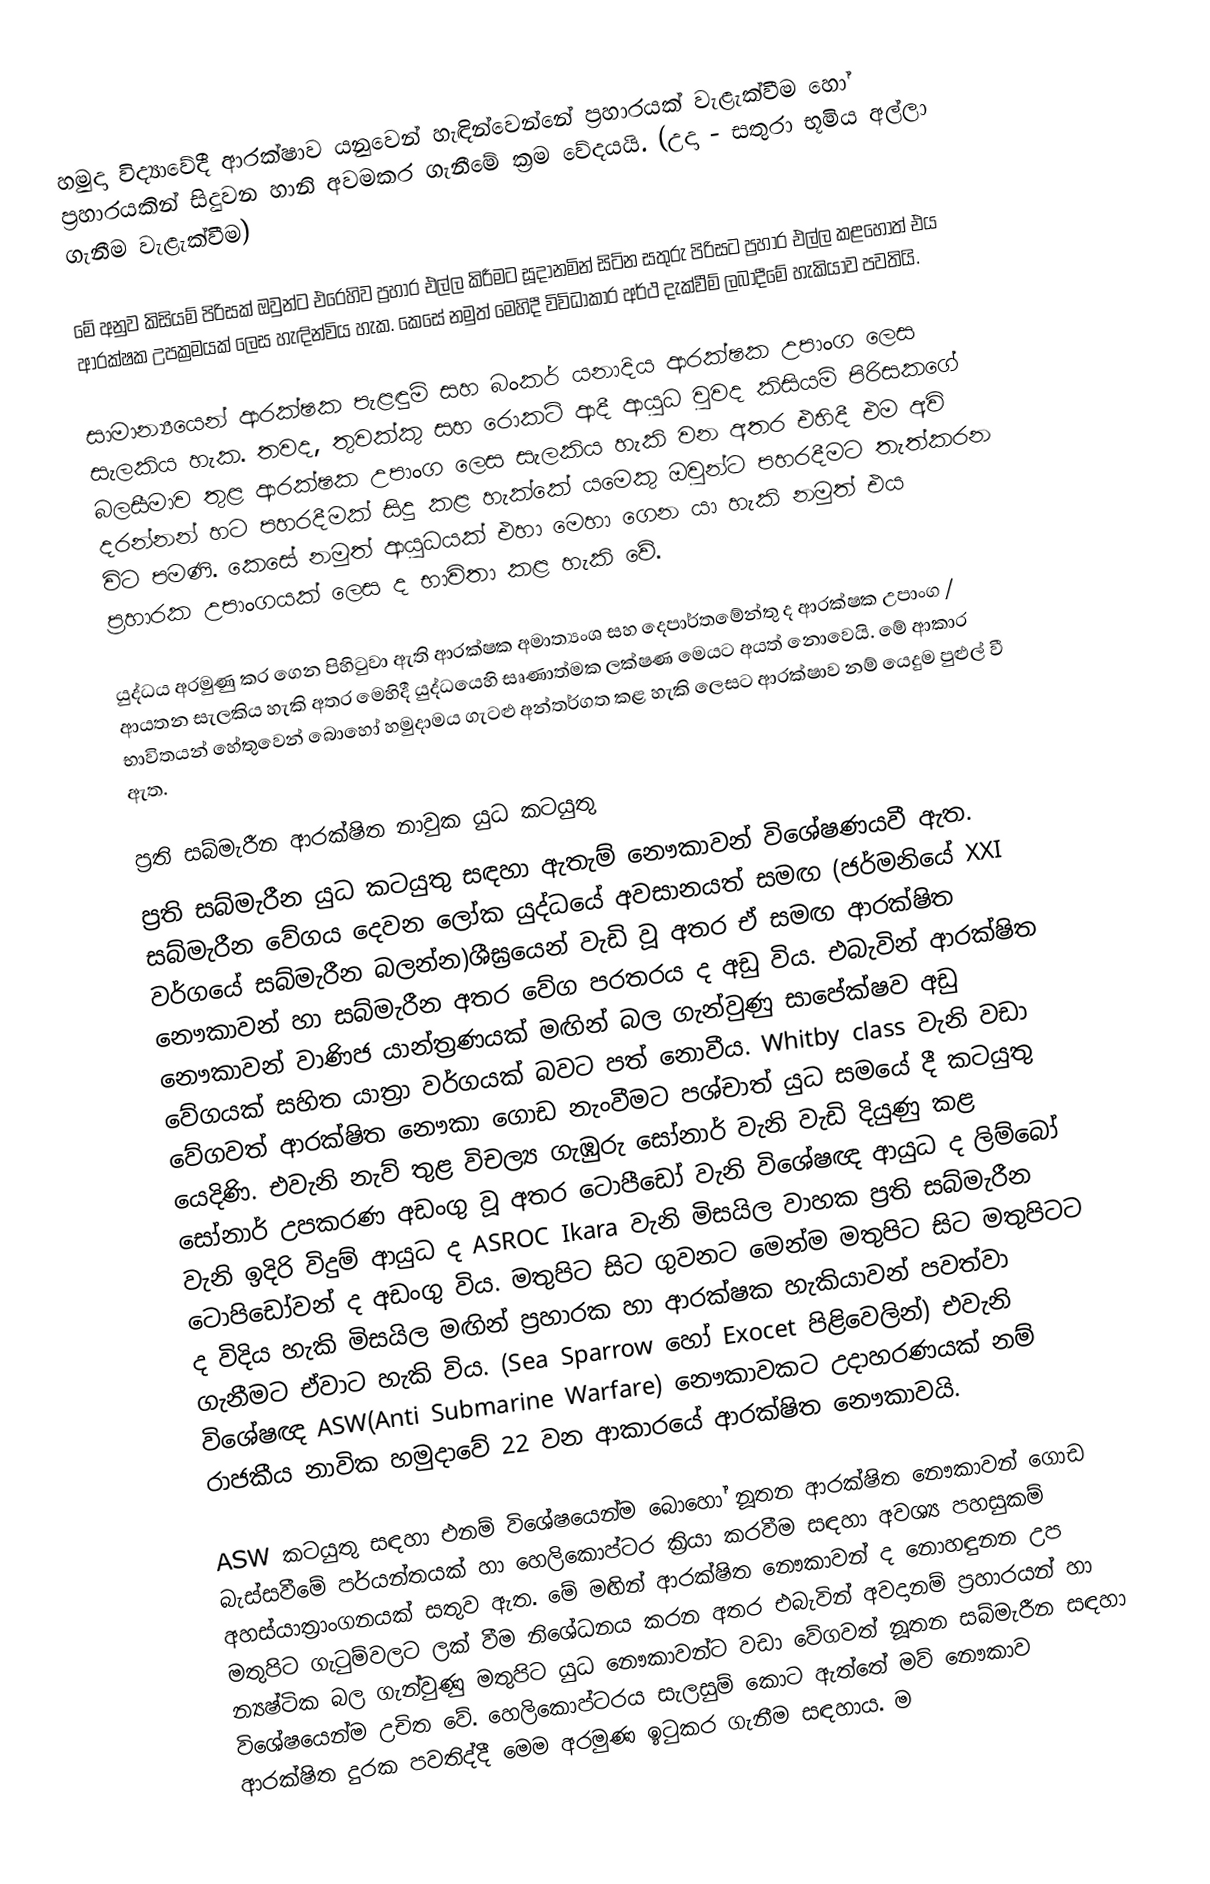
හමුදා විද්‍යාවේදී ආරක්ෂාව යනුවෙන් හැඳින්වෙන්නේ ප්‍රහාරයක් වැළැක්වීම හෝ ප්‍රහාරයකින් සිදුවන හානි අවමකර ගැනීමේ ක්‍රම වේදයයි. (උදා - සතුරා භූමිය අල්ලා ගැනීම වැළැක්වීම)

මේ අනුව කිසියම් පිරිසක් ඔවුන්ට එරෙහිව ප්‍රහාර එල්ල කිරීමට සූදානමින් සිටින සතුරු පිරිසට ප්‍රහාර එල්ල කළහොත් එය ආරක්ෂක උපක්‍රමයක් ලෙස හැඳින්විය හැක. කෙසේ නමුත් මෙහිදී විවිධාකාර අර්ථ දැක්වීම් ලබාදීමේ හැකියාව පවතියි.

සාමාන්‍යයෙන් ආරක්ෂක පැළඳුම් සහ බංකර් යනාදිය ආරක්ෂක උපාංග ලෙස සැලකිය හැක. තවද, තුවක්කු සහ රොකට් ආදී ආයුධ වුවද කිසියම් පිරිසකගේ බලසීමාව තුළ ආරක්ෂක උපාංග ලෙස සැලකිය හැකි වන අතර එහිදී එම අවි දරන්නන් හට පහරදීමක් සිදු කළ හැක්කේ යමෙකු ඔවුන්ට පහරදීමට තැත්කරන විට පමණි. කෙසේ නමුත් ආයුධයක් එහා මෙහා ගෙන යා හැකි නමුත් එය ප්‍රහාරක උපාංගයක් ලෙස ද භාවිතා කළ හැකි වේ.

යුද්ධය අරමුණු කර ගෙන පිහිටුවා ඇති ආරක්ෂක අමාත්‍යංශ සහ දෙපාර්තමේන්තු ද ආරක්ෂක උපාංග / ආයතන සැලකිය හැකි අතර මෙහිදී යුද්ධයෙහි සෘණාත්මක ලක්ෂණ මෙයට අයත් නොවෙයි. මේ ආකාර භාවිතයන් හේතුවෙන් බොහෝ හමුදාමය ගැටළු අන්තර්ගත කළ හැකි ලෙසට ආරක්ෂාව නම් යෙදුම පුළුල් වී ඇත.

ප්‍රති සබ්මැරීන ආරක්ෂිත නාවුක යුධ කටයුතු
ප්‍රති සබ්මැරීන යුධ කටයුතු සඳහා ඇතැම් නෞකාවන් විශේෂණයවී ඇත. සබ්මැරීන වේගය දෙවන ලෝක යුද්ධයේ අවසානයත් සමඟ (ජර්මනියේ XXI වර්ගයේ සබ්මැරීන බලන්න)ශීඝ්‍රයෙන් වැඩි වූ අතර ඒ සමඟ ආරක්ෂිත නෞකාවන් හා සබ්මැරීන අතර වේග පරතරය ද අඩු විය. එබැවින් ආරක්ෂිත නෞකාවන් වාණිජ යාන්ත්‍රණයක් මඟින් බල ගැන්වුණු සාපේක්ෂව අඩු වේගයක් සහිත යාත්‍රා වර්ගයක් බවට පත් නොවීය. Whitby class වැනි වඩා වේගවත් ආරක්ෂිත නෞකා ගොඩ නැංවීමට පශ්චාත් යුධ සමයේ දී කටයුතු යෙදිණි. එවැනි නැව් තුළ විචල්‍ය ගැඹුරු සෝනාර් වැනි වැඩි දියුණු කළ සෝනාර් උපකරණ අඩංගු වූ අතර ටොපීඩෝ වැනි විශේෂඥ ආයුධ ද ලිම්බෝ වැනි ඉදිරි විදුම් ආයුධ ද ASROC Ikara වැනි මිසයිල වාහක ප්‍රති සබ්මැරීන ටොපිඩෝවන් ද අඩංගු විය. මතුපිට සිට ගුවනට මෙන්ම මතුපිට සිට මතුපිටට ද විදිය හැකි මිසයිල මඟින් ප්‍රහාරක හා ආරක්ෂක හැකියාවන් පවත්වා ගැනීමට ඒවාට හැකි විය. (Sea Sparrow හෝ Exocet පිළිවෙලින්) එවැනි විශේෂඥ ASW(Anti Submarine Warfare) නෞකාවකට උදාහරණයක් නම් රාජකීය නාවික හමුදාවේ 22 වන ආකාරයේ ආරක්ෂිත නෞකාවයි.

ASW කටයුතු සඳහා එනම් විශේෂයෙන්ම බොහෝ නූතන ආරක්ෂිත නෞකාවන් ගොඩ බැස්සවීමේ පර්යන්තයක් හා හෙලිකොප්ටර ක්‍රියා කරවීම සඳහා  අවශ්‍ය පහසුකම් අහස්යාත්‍රාංගනයක් සතුව ඇත. මේ මඟින් ආරක්ෂිත නෞකාවන් ද නොහඳුනන උප මතුපිට ගැටුම්වලට ලක් වීම නිශේධනය කරන අතර එබැවින් අවදානම් ප්‍රහාරයන් හා න්‍යෂ්ටික බල ගැන්වුණු මතුපිට යුධ නෞකාවන්ට වඩා වේගවත් නූතන සබ්මැරීන සඳහා විශේෂයෙන්ම උචිත වේ. හෙලිකොප්ටරය සැලසුම් කොට ඇත්තේ මව් නෞකාව ආරක්ෂිත දුරක පවතිද්දී මෙම අරමුණ ඉටුකර ගැනීම සඳහාය. ම